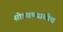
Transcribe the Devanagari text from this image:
सोडवण्याचीच